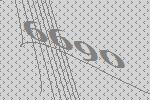
6690